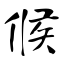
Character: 候